Civil Veterinary Dept. Assam report 1927-50 - 1927-1950
Year: 1927
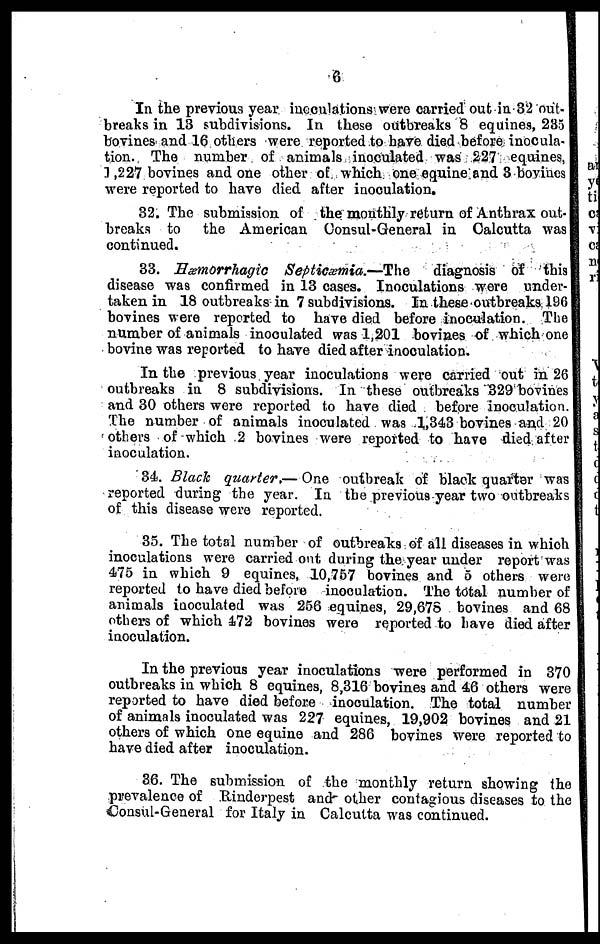
6
In the previous year inoculations were carried out in 32 out-
breaks in 13 subdivisions. In these outbreaks 8 equines, 235
bovines and 16 others were reported to have died before inocula-
tion. The number of animals inoculated was 227 equines,
1,227 bovines and one other of which one equine and 3 bovines
were reported to have died after inoculation.
32. The submission of the monthly return of Anthrax out-
breaks to the American Consul-General in Calcutta was
continued.
33. Hæmorrhagic Septicæmia.—The
diagnosis of this
disease was confirmed in 13 cases. Inoculations were under-
taken in 18 outbreaks in 7 subdivisions. In these outbreaks 196
bovines were reported to have died before inoculation. The
number of animals inoculated was 1,201 bovines of which one
bovine was reported to have died after inoculation.
In the previous year inoculations were carried out in 26
outbreaks in 8 subdivisions. In these outbreaks 329 bovines
and 30 others were reported to have died before inoculation.
The number of animals inoculated was 1,343 bovines and 20
others of which 2 bovines were reported to have died after
inoculation.
34. Black quarter.— One outbreak of black quarter was
reported during the year. In the previous year two outbreaks
of this disease were reported.
35. The total number of outbreaks of all diseases in which
inoculations were carried out during the year under report was
475 in which 9 equines, 10,757 bovines and 5 others were
reported to have died before inoculation. The total number of
animals inoculated was 256 equines, 29,678 bovines and 68
others of which 472 bovines were reported to have died after
inoculation.
In the previous year inoculations were performed in 370
outbreaks in which 8 equines, 8,316 bovines and 46 others were
reported to have died before inoculation. The total number
of animals inoculated was 227 equines, 19,902 bovines and 21
others of which one equine and 286 bovines were reported to
have died after inoculation.
36. The submission of the monthly return showing the
prevalence of Rinderpest and other contagious diseases to the
Consul-General for Italy in Calcutta was continued.